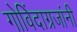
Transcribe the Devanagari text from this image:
गोविंदाग्रजांनी